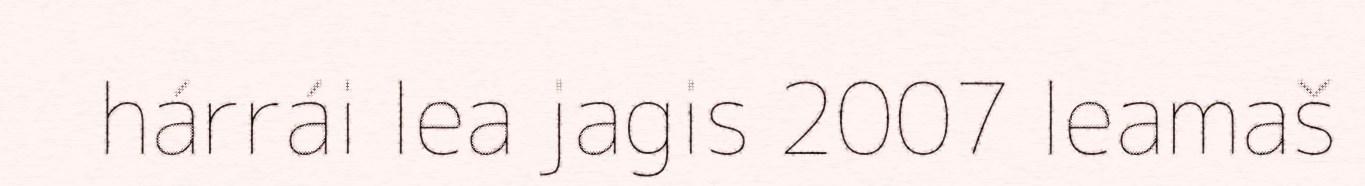
hárrái lea jagis 2007 leamaš